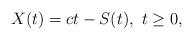
LaTeX: \begin{align*}X(t)=ct-S(t), \,\,t\geq 0,\end{align*}